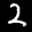
Label: 2